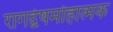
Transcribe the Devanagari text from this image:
रागद्वेषमोहात्मक